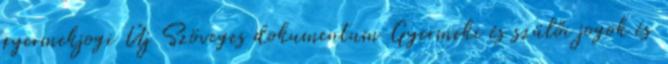
gyermekjogi Új Szöveges dokumentum Gyermeki és szülői jogok és